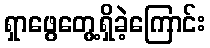
ရှာဖွေတွေ့ရှိခဲ့ကြောင်း